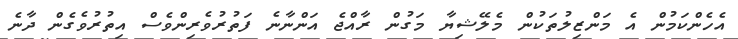
އެހެންކަމުން އެ މަންޒިލުތަކުން މެލޭޝިޔާ މަގުން ރާއްޖެ އަންނާނެ ފަތުރުވެރިންވެސް އިތުރުވެގެން ދާނެ